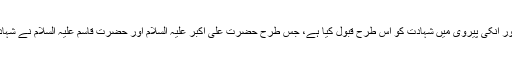
انہوں نے شہدائے کربلا کی تاسی اور انکی پیروی میں شہادت کو اس طرح قبول کیا ہے، جس طرح حضرت علی اکبر علیہ السلام اور حضرت قاسم علیہ السلام نے شہادت کو عاشقانہ انداز میں گلے لگایا۔